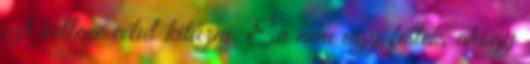
ezt kellene célul kitűzni. Én nem úgy festek, ahogy